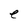
Character: e